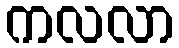
ကလလာ